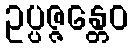
ဥပ္ပဇ္ဇန္တေဝ